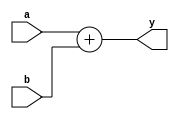


module adder #(parameter width = 8) ( 
input wire signed [width-1:0] a,b, 
output wire signed [width :0] y); 

assign y = a + b;

endmodule